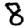
Digit: 8